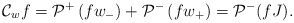
\begin{align*}\mathcal{C}_{w} f=\mathcal{P}^+\left(f w_-\right)+\mathcal{P}^{-}\left(f w_+\right)=\mathcal{P}^-(fJ).\end{align*}